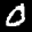
Label: 0